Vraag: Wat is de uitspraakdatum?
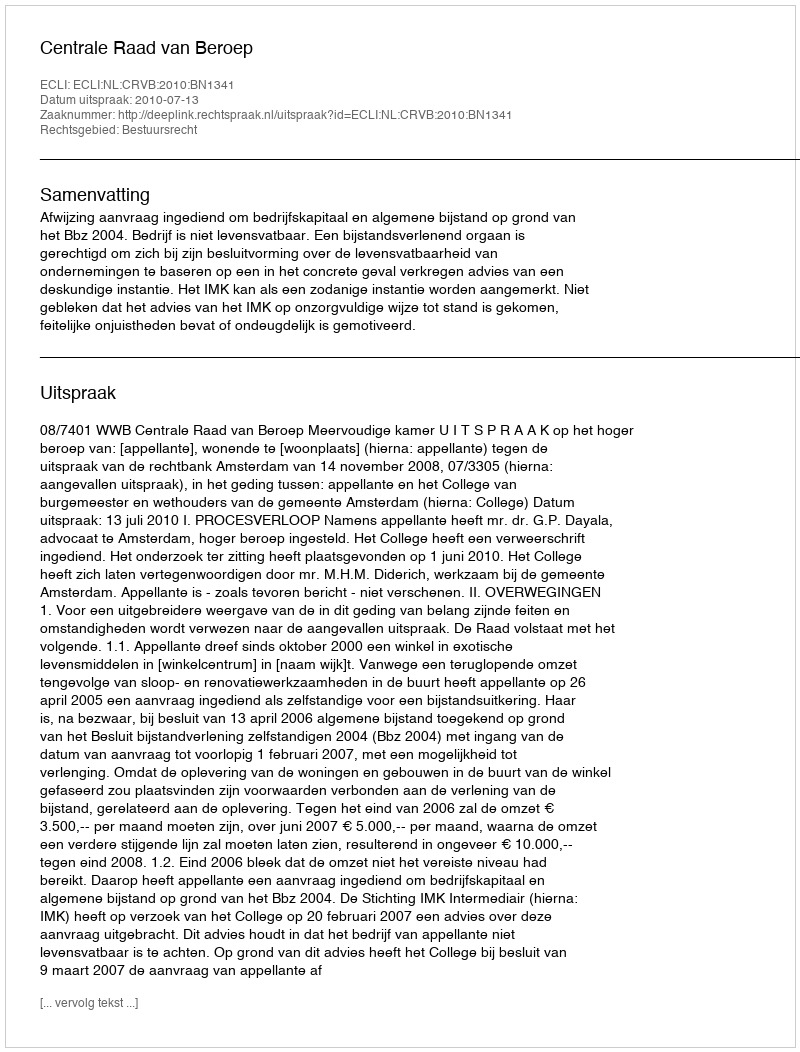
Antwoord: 2010-07-13